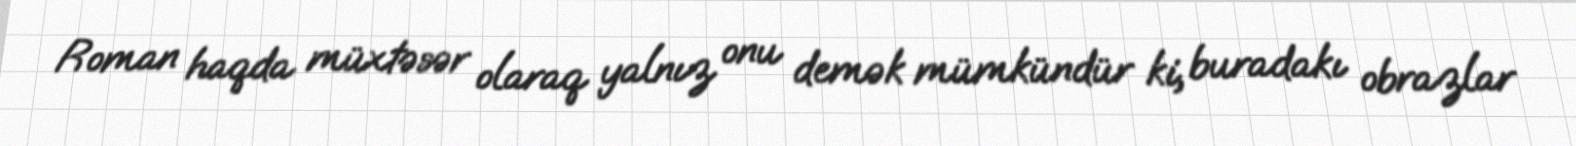
Roman haqda müxtəsər olaraq yalnız onu demək mümkündür ki, buradakı obrazlar